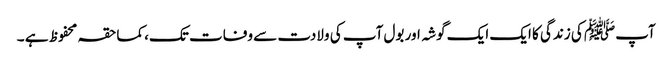
آپﷺ کی زندگی کا ایک ایک گوشہ اور بول آپ کی ولادت سے وفات تک، کماحقہ محفوظ ہے ۔